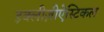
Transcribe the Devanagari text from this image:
इक्लीज़ीऐस्टिकल